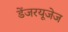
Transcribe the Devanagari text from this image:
डेंजरयूजेज